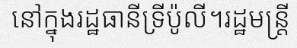
នៅក្នុងរដ្ឋធានីទ្រីប៉ូលី។រដ្ឋមន្ត្រី